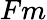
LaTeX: Fm